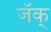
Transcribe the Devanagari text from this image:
जॅक्